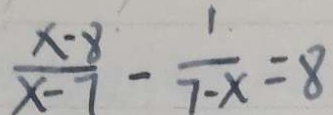
\frac { x - 8 } { x - 7 } - \frac { 1 } { 7 - x } = 8